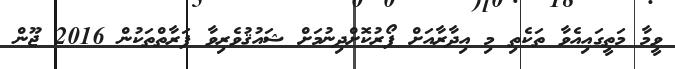
ވީމާ މަތީގައިއެވާ ތަކެތި މި އިދާރާއަށް ފޯރުކޮށްދިނުމަށް ޝައުޤުވެރިވާ ފަރާތްތަކުން 2016 ޖޫން